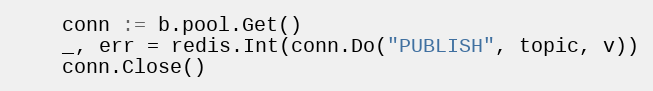
Language: Go
	conn := b.pool.Get()
	_, err = redis.Int(conn.Do("PUBLISH", topic, v))
	conn.Close()